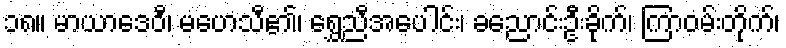
၁၈။ မာယာဒေဝီ၊ မဟေသီ၏၊ ရွှေညီအပေါင်း၊ ခညောင်းဦးခိုက်၊ ကြာဝမ်းတိုက်၊